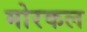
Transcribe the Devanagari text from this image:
मोरकल